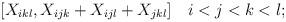
LaTeX: \begin{align*}[X_{ikl}, X_{ijk} + X_{ijl} + X_{jkl} ] \quad i<j<k<l;\end{align*}